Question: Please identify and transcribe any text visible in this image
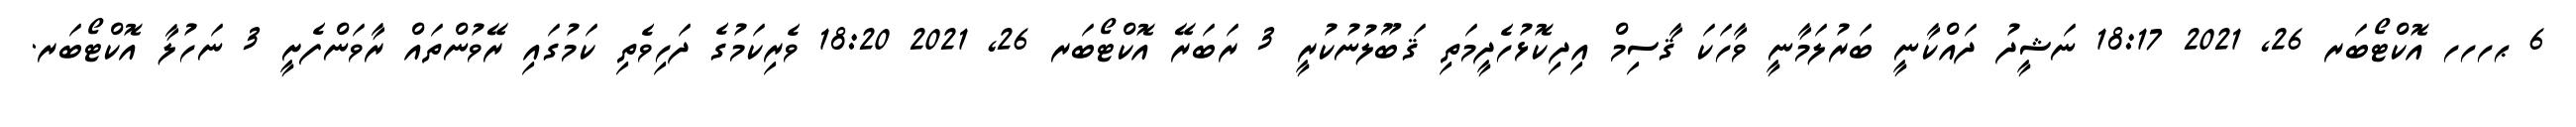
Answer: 6 ޙހހހ އޮކްޓޯބަރ 26, 2021 18:17 ނަޝީދު ދައްކާނީ ބަރުލަމާނީ ވާހަކަ ޤާސިމް އިދިކޮޅުހެދީމަތި ޤަބޫލުނުކުރީ 3 ރަބަރޭ އޮކްޓޯބަރ 26, 2021 18:20 ވެރިކަމުގެ ދަހިވެތި ކަމުގައި ރޭވުންތައް ރާވަންފެށީ 3 ނަހުލާ އޮކްޓޯބަރ.